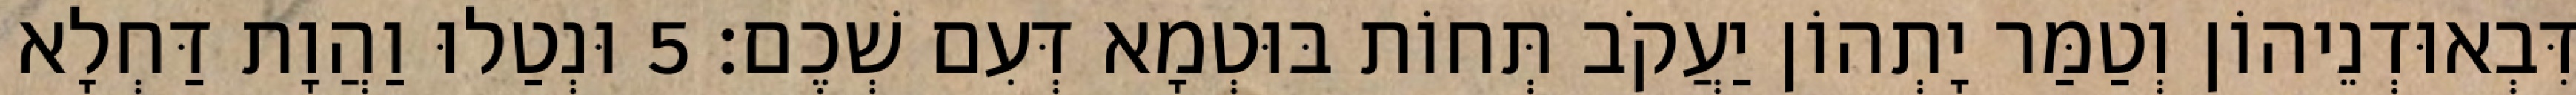
דִּבְאוּדְנֵיהוֹן וְטַמַּר יָתְהוֹן יַעֲקֹב תְּחוֹת בּוּטְמָא דְּעִם שְׁכֶם׃ 5 וּנְטַלוּ וַהֲוָת דַּחְלָא